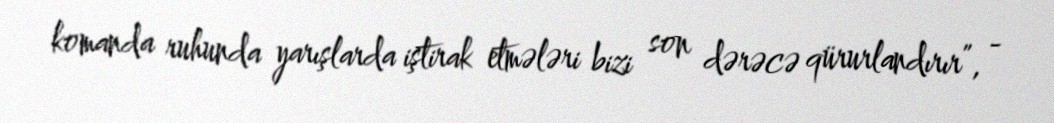
komanda ruhunda yarışlarda iştirak etmələri bizi son dərəcə qürurlandırır”, -